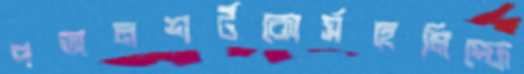
পঅনশর্টকোর্সহেমিস্ফে